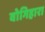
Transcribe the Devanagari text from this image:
वोगिहारा